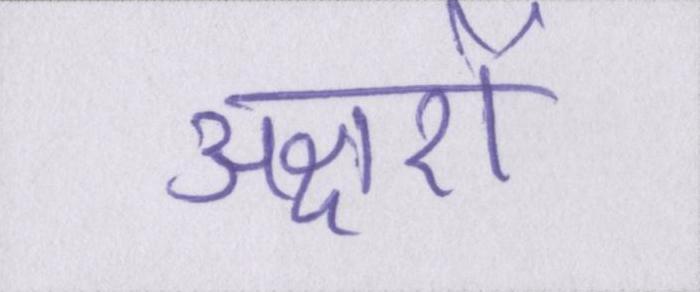
अक्षरों